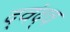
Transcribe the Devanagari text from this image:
द्‍वंद्‍व